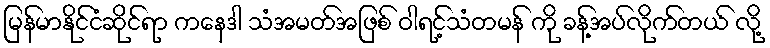
မြန်မာနိုင်ငံဆိုင်ရာ ကနေဒါ သံအမတ်အဖြစ် ဝါရင့်သံတမန် ကို ခန့်အပ်လိုက်တယ် လို့